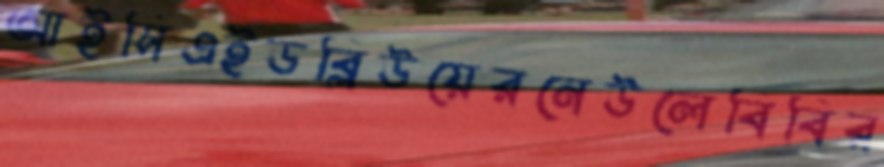
আইসিএইডব্লিউয়েরনেউলেবিবির